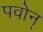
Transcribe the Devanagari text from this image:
पवोन्